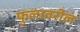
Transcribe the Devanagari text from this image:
फुलावरील